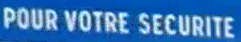
POUR VOTRE SECURITE